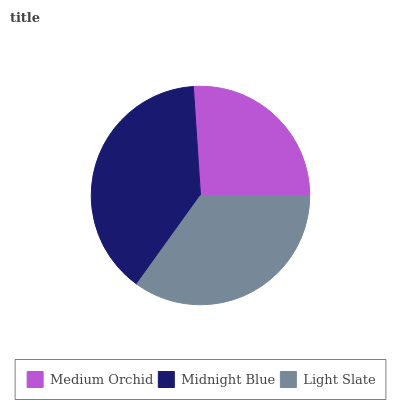
| Medium Orchid | Midnight Blue | Light Slate |
 | --- | --- | --- |
 | 26.1% | 39% | 34.9% |